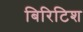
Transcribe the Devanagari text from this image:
बिरिटिश